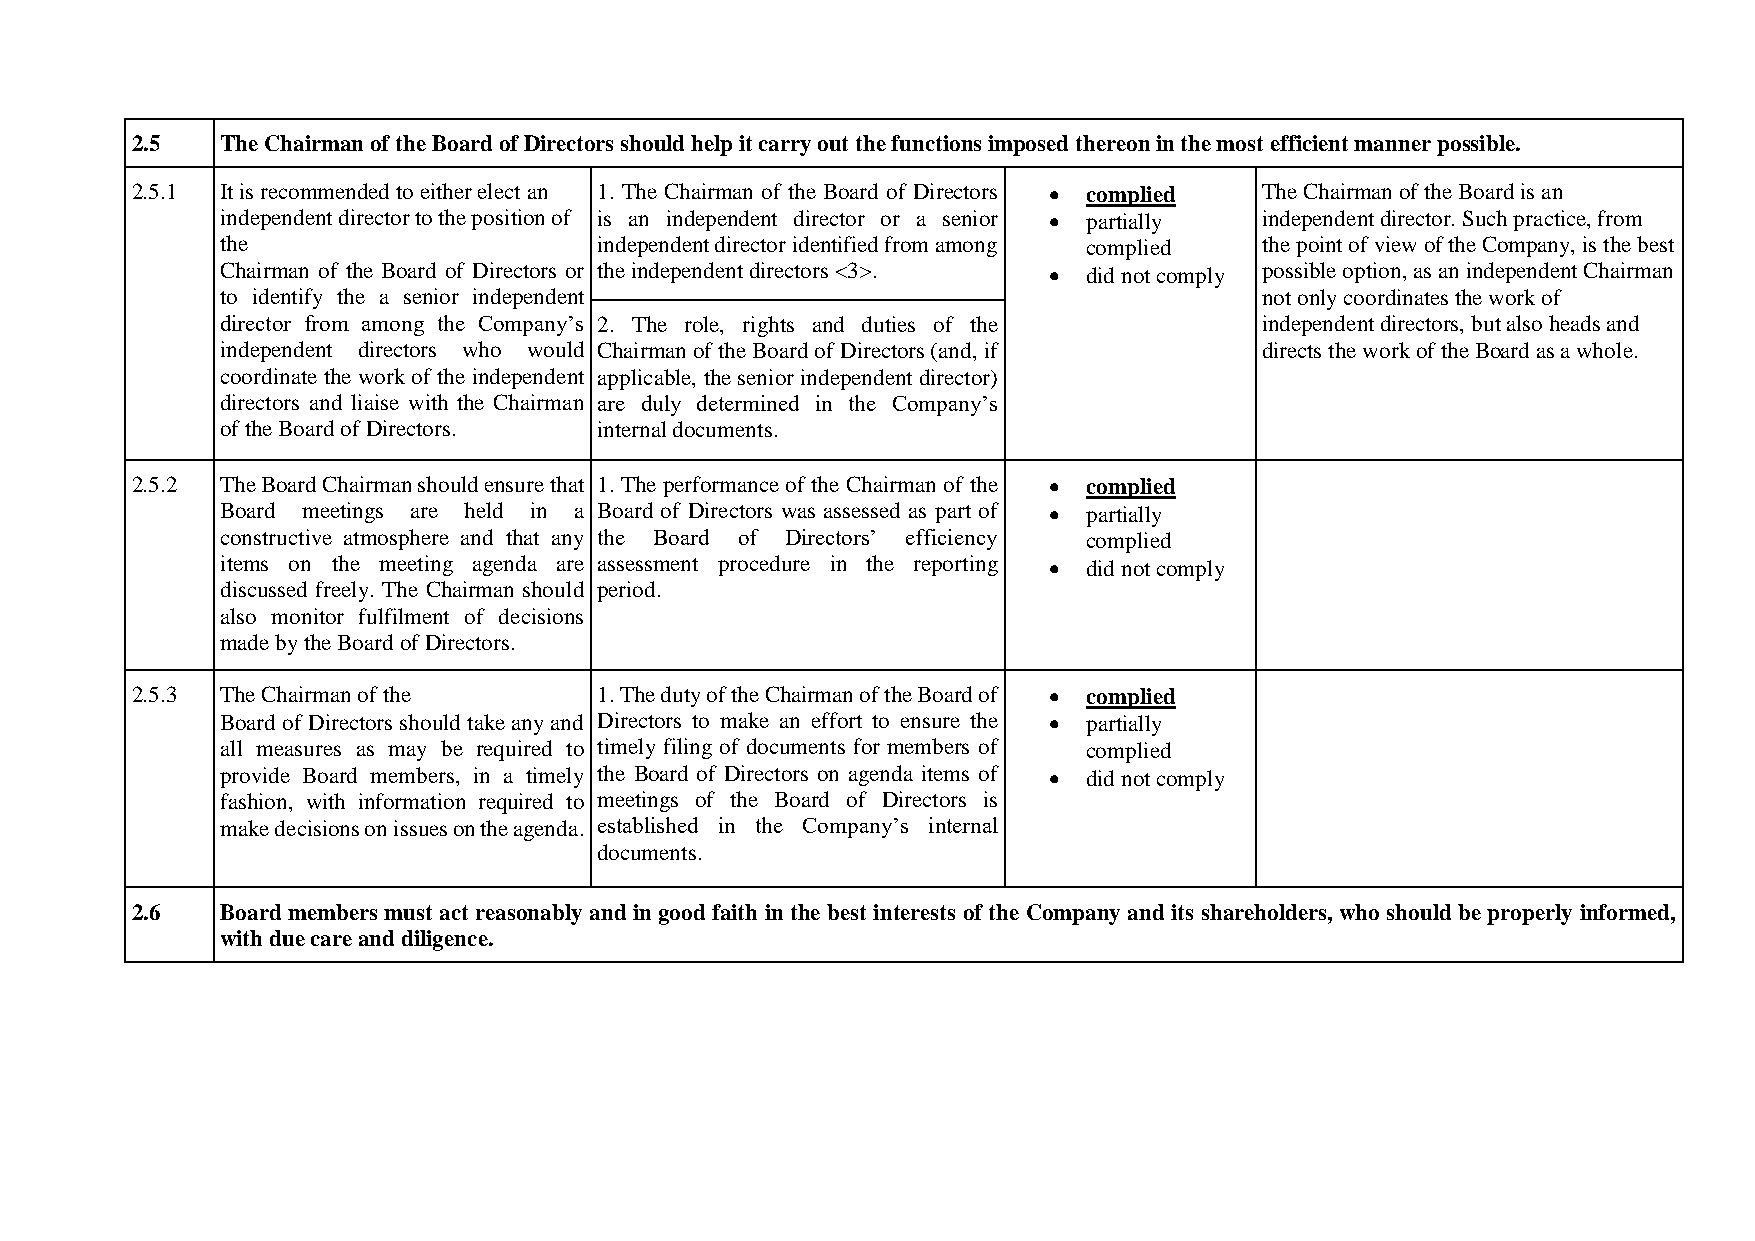
2.5   The Chairman of the Board of Directors should help it carry out the functions imposed thereon in the most efficient manner possible.
 2.5.1 It is recommended to either elect an 1. The Chairman of the Board of Directors  complied The Chairman of the Board is an
 independent director to the position of is an independent director or a senior  partially independent director. Such practice, from
 the                      independent director identified from among complied the point of view of the Company, is the best
 Chairman of the Board of Directors or the independent directors <3>.  did not comply possible option, as an independent Chairman
 to identify the a senior independent                                 not only coordinates the work of
 director from among the Company’s 2. The role, rights and duties of the independent directors, but also heads and
 independent directors who would Chairman of the Board of Directors (and, if directs the work of the Board as a whole.
 coordinate the work of the independent applicable, the senior independent director)
 directors and liaise with the Chairman are duly determined in the Company’s
 of the Board of Directors. internal documents.
 2.5.2 The Board Chairman should ensure that 1. The performance of the Chairman of the  complied
 Board meetings are held in a Board of Directors was assessed as part of  partially
 constructive atmosphere and that any the Board of Directors’ efficiency complied
 items on the meeting agenda are assessment procedure in the reporting  did not comply
 discussed freely. The Chairman should period.
 also monitor fulfilment of decisions
 made by the Board of Directors.
 2.5.3 The Chairman of the      1. The duty of the Chairman of the Board of  complied
 Board of Directors should take any and Directors to make an effort to ensure the  partially
 all measures as may be required to timely filing of documents for members of complied
 provide Board members, in a timely the Board of Directors on agenda items of  did not comply
 fashion, with information required to meetings of the Board of Directors is
 make decisions on issues on the agenda. established in the Company’s internal
 documents.
 2.6   Board members must act reasonably and in good faith in the best interests of the Company and its shareholders, who should be properly informed,
 with due care and diligence.